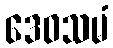
ဒေဝသမံ